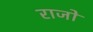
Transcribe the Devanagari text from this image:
राजो